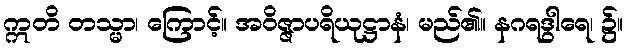
ဣတိ တသ္မာ၊ ကြောင့်။ အဝိဇ္ဇာပရိယုဋ္ဌာနံ၊ မည်၏။ နဂရဒွါရေ၊ ၌။